Madras plague regulations in force outside the Presidency town - Volume 5
Disease focus: Plague
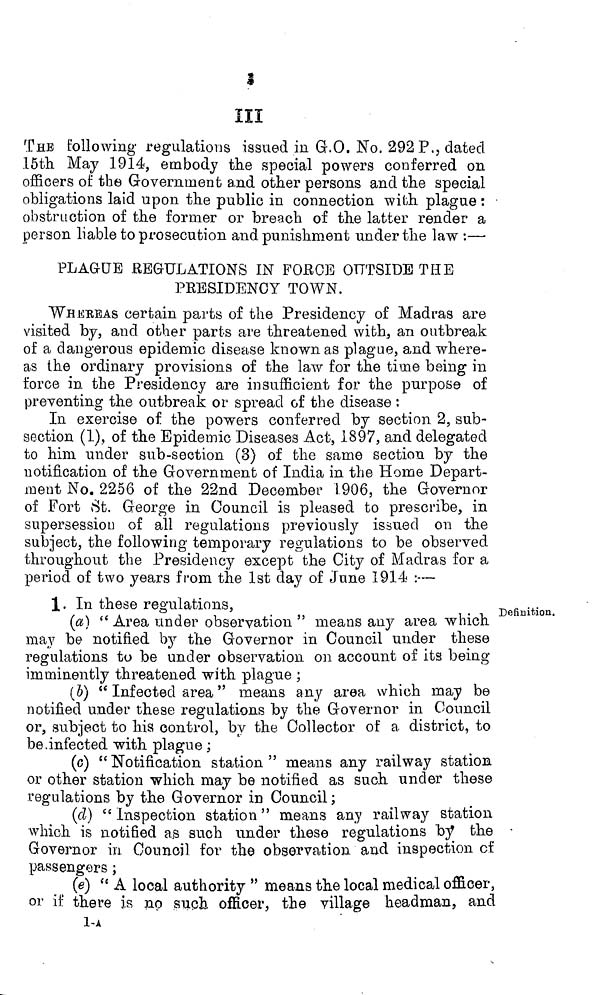
III
THE following regulations issued in G.O. No. 292 P., dated
15th May 1914, embody the special powers conferred on
officers of the Government and other persons and the special
obligations laid upon the public in connection with plague :
obstruction of the former or breach of the latter render a
person liable to prosecution and punishment under the law :—
PLAGUE REGULATIONS IN POEOE OUTSIDE THE
PRESIDENCY TOWN.
WHEREAS certain parts of the Presidency of Madras are
visited by, and other parts are threatened with, an outbreak
of a dangerous epidemic disease known as plague, and where-
as the ordinary provisions of the law for the time being in
force in the Presidency are insufficient for the purpose of
preventing the outbreak or spread of the disease :
In exercise of the powers conferred by section 2, sub-
section (1), of the Epidemic Diseases Act, 1897, and delegated
to him under sub-section (3) of the same section by the
notification of the Government of India in the Home Depart-
ment No. 2256 of the 22nd December 1906, the Governor
of Fort St. George in Council is pleased to prescribe, in
supersession of all regulations previously issued on the
subject, the following temporary regulations to be observed
throughout the Presidency except the City of Madras for a
period of two years from the 1st day of June 1914 :—
1. In these regulations,
Definition.
(a) " Area under observation " means any area which
may be notified by the Governor in Council under these
regulations to be under observation on account of its being
imminently threatened with plague ;
(b) " Infected area " means any area which may be
notified under these regulations by the Governor in Council
or, subject to his control, by the Collector of a district, to
be.infected with plague ;
(c) " Notification station " means any railway station
or other station which may be notified as such under these
regulations by the Governor in Council ;
(d) " Inspection station" means any railway station
which is notified as such under these regulations by the
Governor iu Council for the observation and inspection cf
passengers ;
(e) " A local authority " means the local medical officer,
or if there is no such officer, the village headman, and
l-A